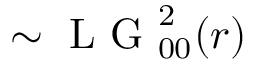
\sim \mathrm { ~ L ~ G ~ } _ { 0 0 } ^ { 2 } ( r )